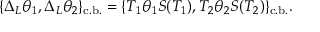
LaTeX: \{ \Delta _ { L } \theta _ { 1 } , \Delta _ { L } \theta _ { 2 } \} _ { \mathrm { c . b . } } = \{ T _ { 1 } \theta _ { 1 } S ( T _ { 1 } ) , T _ { 2 } \theta _ { 2 } S ( T _ { 2 } ) \} _ { \mathrm { c . b . } } .